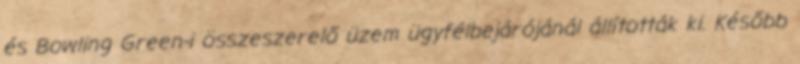
és Bowling Green-i összeszerelő üzem ügyfélbejárójánál állították ki. Később